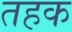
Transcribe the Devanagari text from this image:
तहक